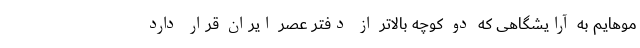
موهایم به آرایشگاهی که دو کوچه بالاتر از دفتر عصر ایران قرار دارد